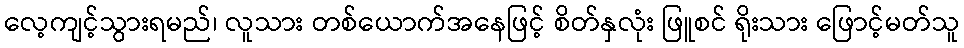
လေ့ကျင့်သွားရမည်၊ လူသား တစ်ယောက်အနေဖြင့် စိတ်နှလုံး ဖြူစင် ရိုးသား ဖြောင့်မတ်သူ